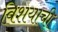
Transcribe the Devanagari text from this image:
विशयाची